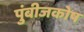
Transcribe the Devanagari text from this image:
पुंबीजकोष